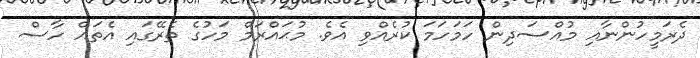
ދެރަމީހުންނާއި މުއްސަދިން ހަމަހަމަ ކުރެއްވި އެވެ. މުޙައްރަމް މަހުގެ ތެރޭގައި އެތައް ހާސް